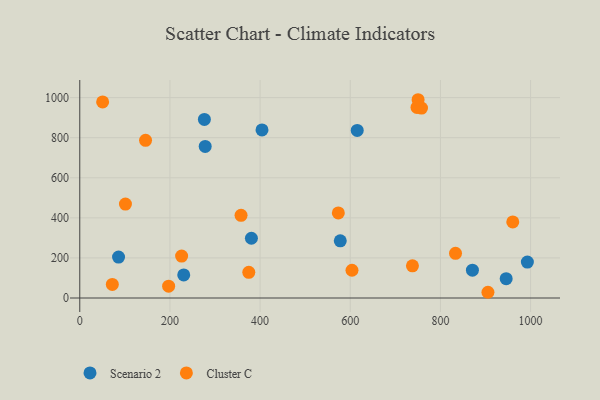
{"axis": {"x": "Price", "y": "Rating"}, "legend": ["Cluster C", "Scenario 2"], "data": [{"x": "278.2", "y": 756.6, "type": "Scenario 2"}, {"x": "870.9", "y": 138.8, "type": "Scenario 2"}, {"x": "276.4", "y": 891.1, "type": "Scenario 2"}, {"x": "615.4", "y": 836.0, "type": "Scenario 2"}, {"x": "577.8", "y": 285.4, "type": "Scenario 2"}, {"x": "945.8", "y": 96.5, "type": "Scenario 2"}, {"x": "380.7", "y": 298.3, "type": "Scenario 2"}, {"x": "230.6", "y": 115.4, "type": "Scenario 2"}, {"x": "86.0", "y": 204.3, "type": "Scenario 2"}, {"x": "404.2", "y": 838.8, "type": "Scenario 2"}, {"x": "992.8", "y": 179.4, "type": "Scenario 2"}, {"x": "101.3", "y": 468.6, "type": "Cluster C"}, {"x": "573.5", "y": 424.6, "type": "Cluster C"}, {"x": "758.0", "y": 947.9, "type": "Cluster C"}, {"x": "374.9", "y": 128.1, "type": "Cluster C"}, {"x": "748.0", "y": 951.0, "type": "Cluster C"}, {"x": "960.4", "y": 379.4, "type": "Cluster C"}, {"x": "72.2", "y": 67.8, "type": "Cluster C"}, {"x": "737.9", "y": 160.7, "type": "Cluster C"}, {"x": "603.8", "y": 138.6, "type": "Cluster C"}, {"x": "197.1", "y": 59.0, "type": "Cluster C"}, {"x": "225.9", "y": 209.4, "type": "Cluster C"}, {"x": "357.7", "y": 412.5, "type": "Cluster C"}, {"x": "50.7", "y": 978.3, "type": "Cluster C"}, {"x": "833.4", "y": 222.8, "type": "Cluster C"}, {"x": "750.4", "y": 989.4, "type": "Cluster C"}, {"x": "905.3", "y": 28.6, "type": "Cluster C"}, {"x": "145.9", "y": 787.0, "type": "Cluster C"}]}